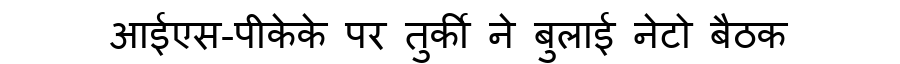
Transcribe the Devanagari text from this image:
आईएस-पीकेके पर तुर्की ने बुलाई नेटो बैठक